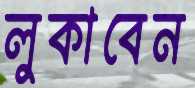
লুকাবেন